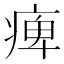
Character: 痺